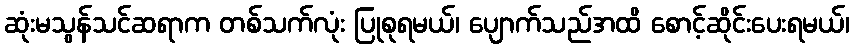
ဆုံးမသွန်သင်ဆရာက တစ်သက်လုံး ပြုစုရမယ်၊ ပျောက်သည်အထိ စောင့်ဆိုင်းပေးရမယ်၊